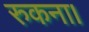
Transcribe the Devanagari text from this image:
रुकना।